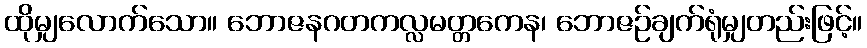
ထိုမျှလောက်သော။ ဘောဇနဂတကလ္လမတ္တကေန၊ ဘောဇဉ်ချက်ရုံမျှတည်းဖြင့်။